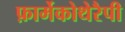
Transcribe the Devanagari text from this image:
फ़ार्मेकोथेरैपी